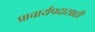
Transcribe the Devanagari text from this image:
प्राचार्यपदासाठी